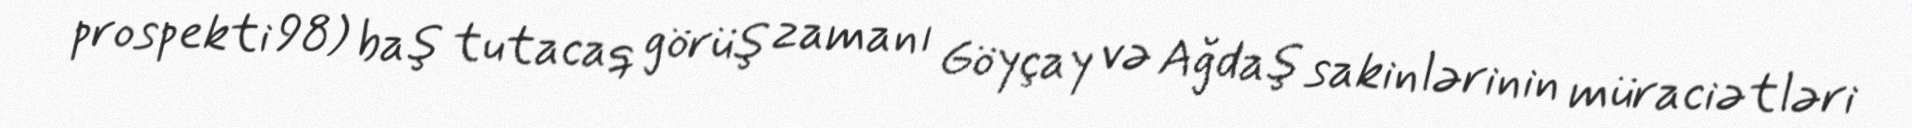
prospekti 98) baş tutacaq görüş zamanı Göyçay və Ağdaş sakinlərinin müraciətləri